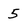
Character: 5